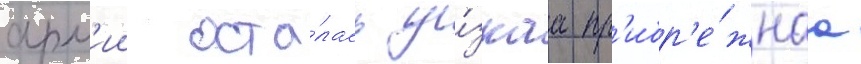
арм'ии оста́лась у́зкаа пр'ибр'е́жнаа